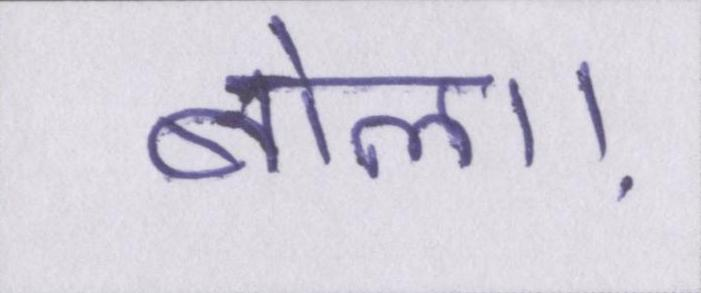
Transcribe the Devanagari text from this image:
बोला।